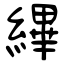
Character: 縪